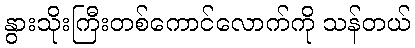
နွားသိုးကြီးတစ်ကောင်လောက်ကို သန်တယ်